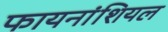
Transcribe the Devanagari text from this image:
फायनांशियल